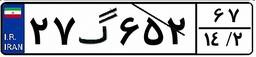
۲۷گ۶۵۲۶۷